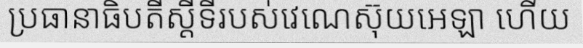
ប្រធានាធិបតីស្តីទីរបស់វេណេស៊ុយអេឡា ហើយ